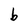
Character: b